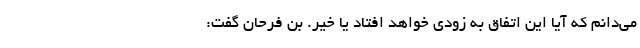
می‌دانم که آیا این اتفاق به زودی خواهد افتاد یا خیر. بن فرحان گفت: